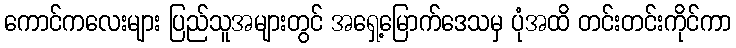
ကောင်ကလေးများ ပြည်သူအများတွင် အရှေ့မြောက်ဒေသမှ ပုံအထိ တင်းတင်းကိုင်ကာ